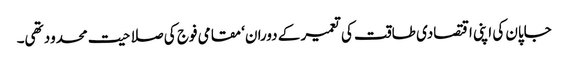
جاپان کی اپنی اقتصادی طاقت کی تعمیر کے دوران‘ مقامی فوج کی صلاحیت محدود تھی۔